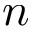
n